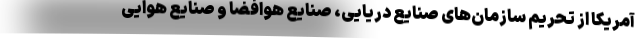
آمریکا از تحریم سازمان‌های صنایع دریایی، صنایع هوافضا و صنایع هوایی